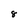
Character: 8